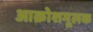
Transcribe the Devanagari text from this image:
आक्रोशमूलक